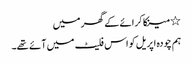
٭ مینکا کرائے کے گھر میں
ہم چودہ اپریل کو اس فلیٹ میں آئے تھے۔